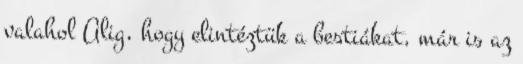
valahol Alig, hogy elintéztük a bestiákat, már is az